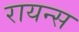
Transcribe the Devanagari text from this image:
रायन्स